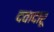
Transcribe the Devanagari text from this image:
दवादारू